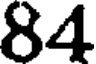
84